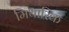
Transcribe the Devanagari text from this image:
मिथारिक